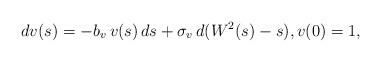
LaTeX: \begin{align*} d v(s) = - b_v \, v(s)\, ds + \sigma_v \, d(W^2(s)-s),v(0)=1, \end{align*}